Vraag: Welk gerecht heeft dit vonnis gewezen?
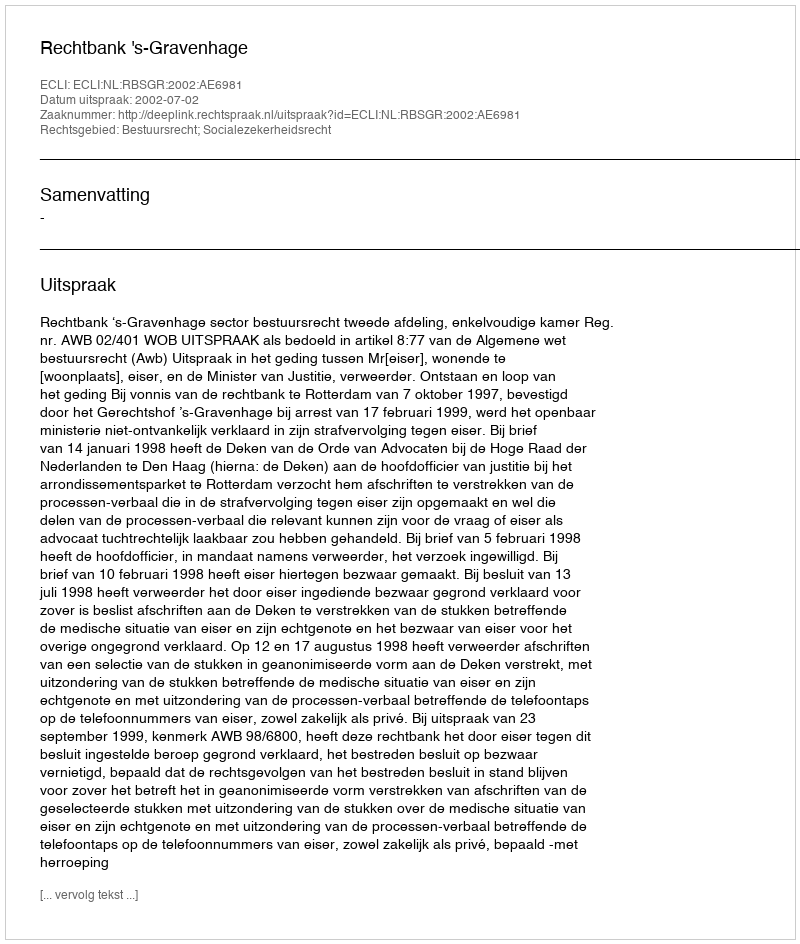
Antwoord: Rechtbank 's-Gravenhage